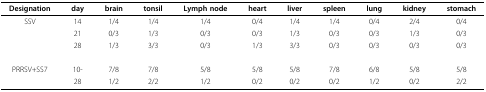
| Designation | day | brain | tonsil | Lymph node | heart | liver | spleen | lung | kidney | stomach |
 | --- | --- | --- | --- | --- | --- | --- | --- | --- | --- | --- |
 | SSV | 14 | 1/4 | 1/4 | 1/4 | 0/4 | 1/4 | 1/4 | 0/4 | 2/4 | 0/4 |
 |  | 21 | 0/3 | 1/3 | 0/3 | 0/3 | 1/3 | 0/3 | 0/3 | 1/3 | 0/3 |
 |  | 28 | 1/3 | 3/3 | 0/3 | 1/3 | 3/3 | 0/3 | 0/3 | 0/3 | 0/3 |
 | PRRSV+SS7 | 10- | 7/8 | 7/8 | 5/8 | 5/8 | 5/8 | 7/8 | 6/8 | 5/8 | 5/8 |
 |  | 28 | 1/2 | 2/2 | 1/2 | 0/2 | 0/2 | 0/2 | 1/2 | 0/2 | 2/2 |